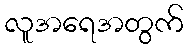
လူအရေအတွက်